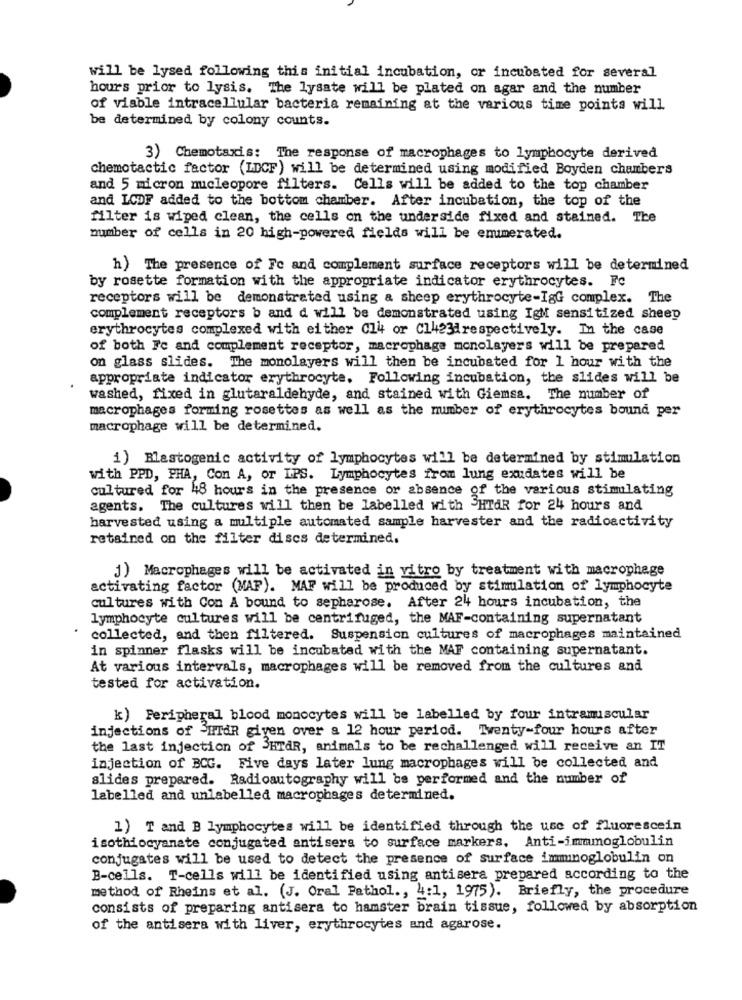
will be lysed following this initial incubation, or incubated for several
hours prior to lysis. The lysate will be plated on agar and the number
of viable intracellular bacteria remaining at the various time points will
be determined by colony counts.
3) Chemotaxis: The response of macrophages to lymphocyte derived
chemotactic factor (IDCF) will be determined using modified Boyden chambers
and 5 micron nucleopore filters. Cells will be added to the top chamber
and LODF added to the bottom chamber. After incubation, the top of the
filter is wiped clean, the cells on the underside fixed and stained. The
number of cells in 20 high-powered fields will be enumerated.
h) The presence of Fe and complement surface receptors will be determined
by rosette formation with the appropriate indicator erythrocytes. Fe
receptors will be demonstrated using a sheep erythrocyte-IgG complex. The
complement receptors b and d will be demonstrated using IgM sensitized sheep
erythrocytes complexed with either Cl4 or Cl423drespectively. In the case
of both Fe and complement receptor, macrophage monolayers will be prepared
on glass slides. The monolayers will then be incubated for 1 hour with the
appropriate indicator erythrocyte. Following incubation, the slides will be
washed, fixed in glutaraldehyde, and stained with Giemsa. The number of
macrophages forming rosettes as well as the number of erythrocytes bound per
macrophage will be determined.
1) Blastogenic activity of lymphocytes will be determined by stimulation
with PPD, PHA, Con A, or IPS. Lymphocytes from lung exudates will be
cultured for 48 hours in the presence or absence of the various stimulating
agents. The cultures will then be labelled with "HTAR for 24 hours and
harvested using a multiple automated sample harvester and the radioactivity
retained on the filter discs determined.
j) Macrophages will be activated in vitro by treatment with macrophage
activating factor (MAF). MAF will be produced by stimulation of lymphocyte
cultures with Con A bound to sepharose. After 24 hours incubation, the
lymphocyte cultures will be centrifuged, the MAF-containing supernatant
collected, and then filtered. Suspension cultures of macrophages maintained
in spinner flasks will be incubated with the MAF containing supernatant.
At various intervals, macrophages will be removed from the cultures and
tested for activation.
k) Peripheral blood monocytes will be labelled by four intramuscular
injections of -HTAR giyen over a 12 hour period. Twenty-four hours after
the last injection of 3HTAR, animals to be rechallenged will receive an IT
injection of BCG. Five days later lung macrophages will be collected and
slides prepared. Radioautography will be performed and the number of
labelled and unlabelled macrophages determined.
1) T and B lymphocytes will be identified through the use of fluorescein
isothiocyanate conjugated antisera to surface markers, Anti-immmmoglobulin
conjugates will be used to detect the presence of surface immunoglobulin on
B-cells. T-cells will be identified using antisera prepared according to the
method of Rheins et al. (J. Oral Pathol ., 4:1, 1975). Briefly, the procedure
consists of preparing antisera to hamster brain tissue, followed by absorption
of the antisera with liver, erythrocytes and agarose.